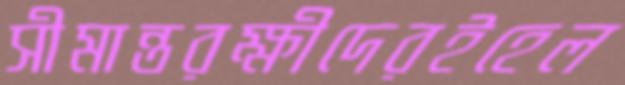
সীমান্তরক্ষীদেরইহেল